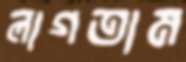
লাগতাম